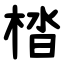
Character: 㭼